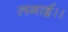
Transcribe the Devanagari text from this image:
लगाई।।